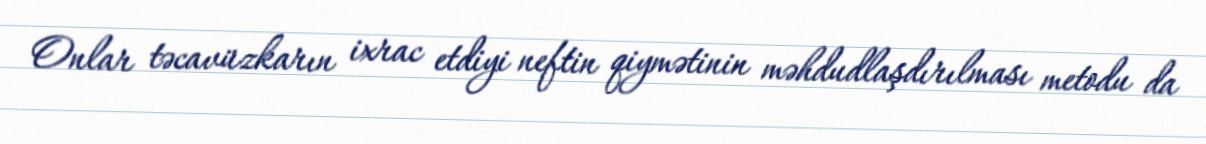
Onlar təcavüzkarın ixrac etdiyi neftin qiymətinin məhdudlaşdırılması metodu da